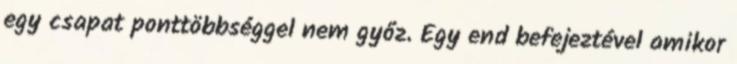
egy csapat ponttöbbséggel nem győz. Egy end befejeztével amikor